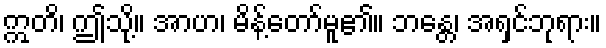
ဣတိ၊ ဤသို့။ အာဟ၊ မိန့်တော်မူ၏။ ဘန္တေ၊ အရှင်ဘုရား။